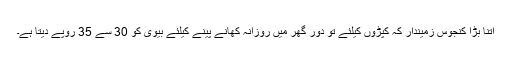
اتنا بڑا کنجوس زمیندار کہ کپڑوں کیلئے تو دور گھر میں روزانہ کھانے پینے کیلئے بیوی کو 30 سے 35 روپے دیتا ہے۔